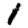
Digit: 1